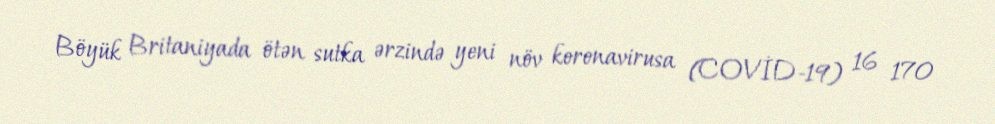
Böyük Britaniyada ötən sutka ərzində yeni növ koronavirusa (COVİD-19) 16 170